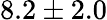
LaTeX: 8.2\pm 2.0